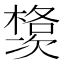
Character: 𱤗